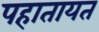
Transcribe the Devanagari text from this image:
पहातायत